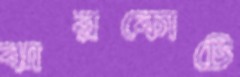
ঝারকোটে